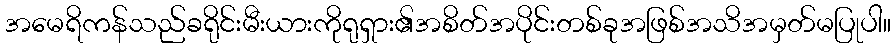
အမေရိကန်သည်ခရိုင်းမီးယားကိုရုရှား၏အစိတ်အပိုင်းတစ်ခုအဖြစ်အသိအမှတ်မပြုပါ။